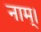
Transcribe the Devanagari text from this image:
नाम्।